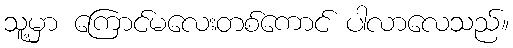
သူ့မှာ ကြောင်မလေးတစ်ကောင် ပါလာလေသည်။